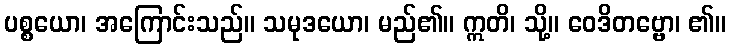
ပစ္စယော၊ အကြောင်းသည်။ သမုဒယော၊ မည်၏။ ဣတိ၊ သို့။ ဝေဒိတဗ္ဗော၊ ၏။